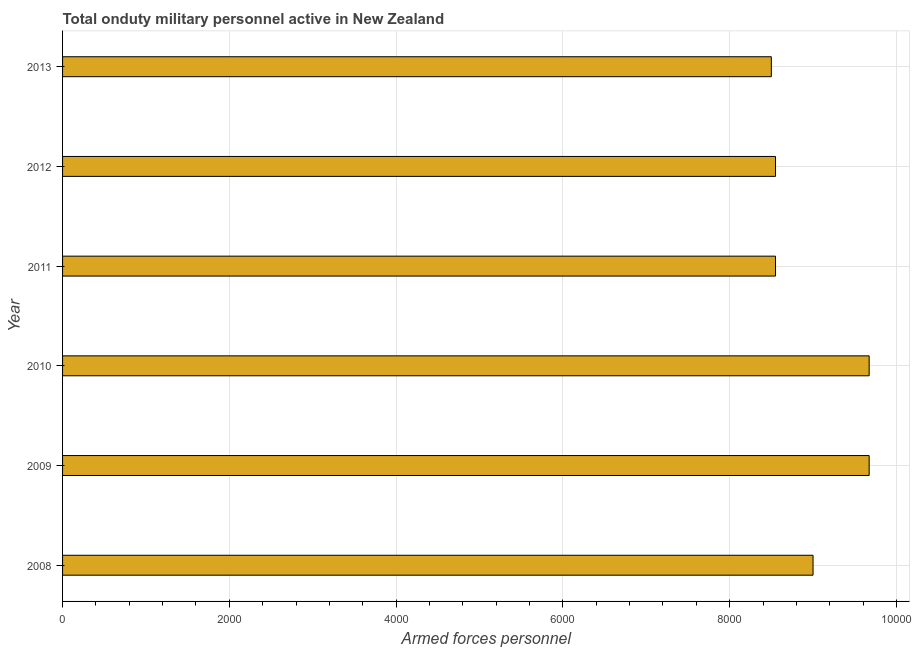
| Year | Armed forces personnel |
 | --- | --- |
 | 2008 | 9e+03 |
 | 2009 | 9.67e+03 |
 | 2010 | 9.67e+03 |
 | 2011 | 8.55e+03 |
 | 2012 | 8.55e+03 |
 | 2013 | 8.5e+03 |